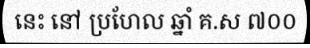
នេះ នៅ ប្រហែល ឆ្នាំ គ.ស ៧០០